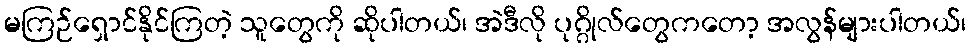
မကြဉ်ရှောင်နိုင်ကြတဲ့ သူတွေကို ဆိုပါတယ်၊ အဲဒီလို ပုဂ္ဂိုလ်တွေကတော့ အလွန်များပါတယ်၊